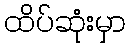
ထိပ်ဆုံးမှာ